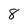
Character: 8